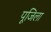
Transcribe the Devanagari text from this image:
पूजिला